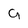
Character: a